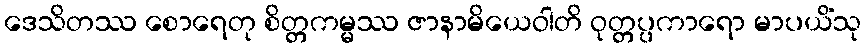
ဒေသိတဿ စောရေတု စိတ္တကမ္မဿ ဇာနာမိယေဝါတိ ဝုတ္တပ္ပကာရော မာပယိံသု